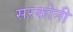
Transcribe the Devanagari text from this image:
सरकोनी